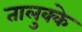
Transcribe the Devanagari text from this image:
तालुक्के